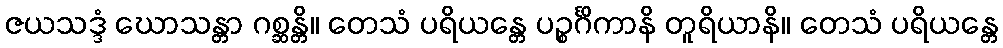
ဇယသဒ္ဒံ ဃောသန္တာ ဂစ္ဆန္တိ။ တေသံ ပရိယန္တေ ပဉ္စင်္ဂိကာနိ တူရိယာနိ။ တေသံ ပရိယန္တေ